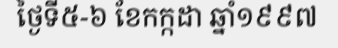
ថ្ងៃទី៥-៦ ខែកក្កដា ឆ្នាំ១៩៩៧